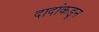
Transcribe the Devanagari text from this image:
दादांकडून